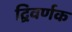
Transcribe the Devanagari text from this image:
द्विवर्णक